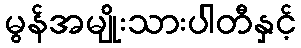
မွန်အမျိုးသားပါတီနှင့်